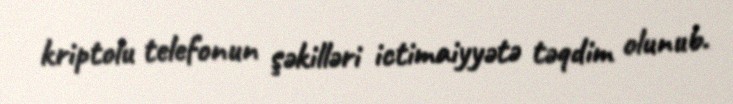
kriptolu telefonun şəkilləri ictimaiyyətə təqdim olunub.